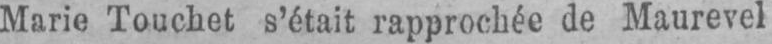
Marie Touchet s’était rapprochée de Maurevel